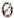
0